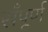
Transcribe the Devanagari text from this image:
सँपूर्ण